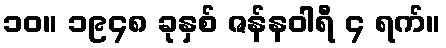
၁၀။ ၁၉၄၈ ခုနှစ် ဇန်နဝါရီ ၄ ရက်။